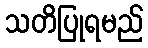
သတိပြုရမည်